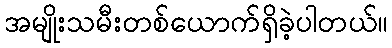
အမျိုးသမီးတစ်ယောက်ရှိခဲ့ပါတယ်။